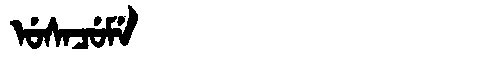
Manchu: ᡠᠰᠠᠴᡠᠮᡝ
Romanization: USACUME